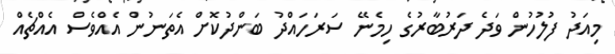
މިއަދު ފުލުހުން ވަދެ ދަރުބާރުގެ ހިމެނޭ ސަރަހައްދު ބަންދުކޮށް އެތަނުން އެއްވެސް އެއްޗެއް